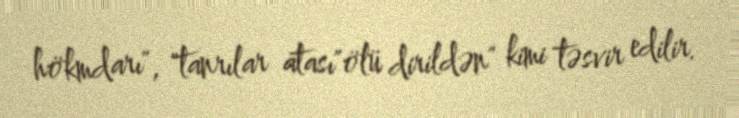
hökmdarı", "tanrılar atası"ölü dirildən" kimi təsvir edilir.